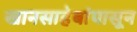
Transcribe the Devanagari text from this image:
खानसाहेबांपासून